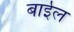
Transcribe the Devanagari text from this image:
बाईल